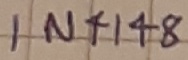
Text: IN4148